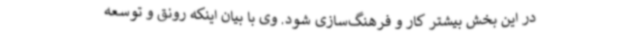
در این بخش بیشتر کار و فرهنگ‌سازی شود. وی با بیان اینکه رونق و توسعه